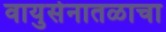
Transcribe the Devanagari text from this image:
वायुसेनातळाचा